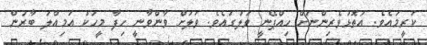
ކުރީމައެވެ. އަތޮޅުވެރިންނަށް ހިއްޕޭނީ ވަލުގައެވެ. ވަލަށް ވާންވާނީ ހިފާ މީހަކު އަމިއްލަ ބާރުން